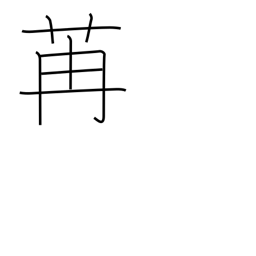
Meaning: luxuriant